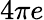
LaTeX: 4\pi e